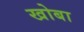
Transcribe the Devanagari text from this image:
खोबा